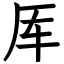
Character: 厍